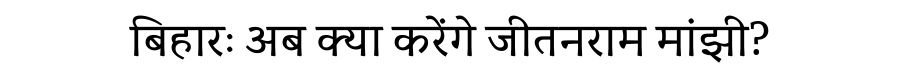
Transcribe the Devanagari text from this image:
बिहारः अब क्या करेंगे जीतनराम मांझी?